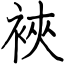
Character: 裌